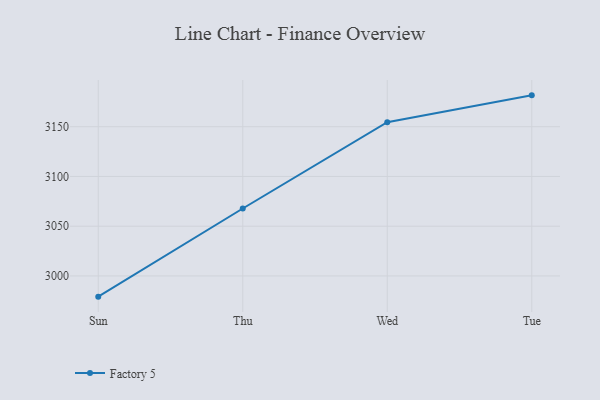
{"axis": {"x": "Day", "y": "Population (Million)"}, "legend": ["Factory 5"], "data": [{"x": "Sun", "y": 2979.2, "type": "Factory 5"}, {"x": "Thu", "y": 3067.8, "type": "Factory 5"}, {"x": "Wed", "y": 3154.5, "type": "Factory 5"}, {"x": "Tue", "y": 3181.5, "type": "Factory 5"}]}